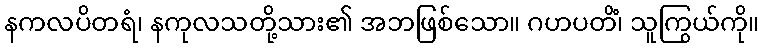
နကလပိတရံ၊ နကုလသတို့သား၏ အဘဖြစ်သော။ ဂဟပတိံ၊ သူကြွယ်ကို။